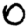
Digit: 0